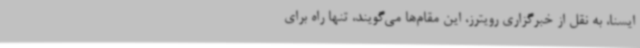
ایسنا، به نقل از خبرگزاری رویترز، این مقام‌ها می‌گویند، تنها راه برای